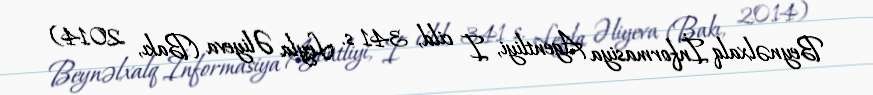
Beynəlxalq İnformasiya Agentliyi, I cild, 341 s. Leyla Əliyeva (Bakı, 2014)